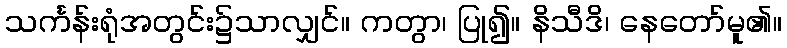
သင်္ကန်းရုံအတွင်း၌သာလျှင်။ ကတွာ၊ ပြု၍။ နိသီဒိ၊ နေတော်မူ၏။